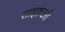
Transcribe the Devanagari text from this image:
साइक्रेटरी